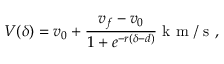
V ( \delta ) = v _ { 0 } + \frac { v _ { f } - v _ { 0 } } { 1 + e ^ { - r ( \delta - d ) } } \mathrm { ~ k ~ m ~ / ~ s ~ } ,